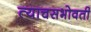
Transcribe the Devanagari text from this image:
त्याचसभोवती